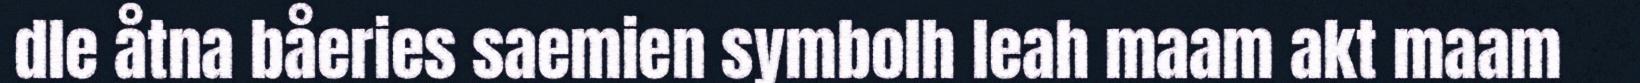
dle åtna båeries saemien symbolh leah maam akt maam